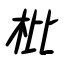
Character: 枇